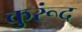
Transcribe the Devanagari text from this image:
कुरूंद